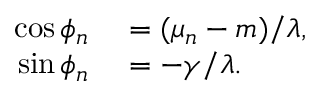
\begin{array} { r l } { \cos \phi _ { n } } & { { } = ( \mu _ { n } - m ) / \lambda , } \\ { \sin \phi _ { n } } & { { } = - \gamma / \lambda . } \end{array}